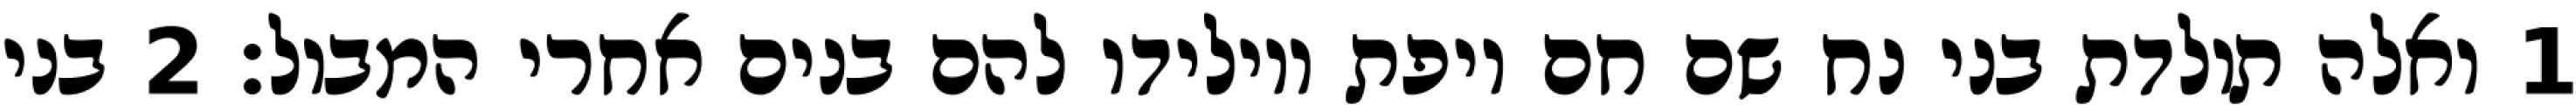
1 ואלה תולדת בני נח שם חם ויפת ויולידו להם בנים אחרי המבול׃ ‎2‏ בני